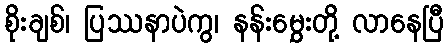
စိုးချစ်၊ ပြဿနာပဲကွ၊ နန်းမွှေးတို့ လာနေပြီ